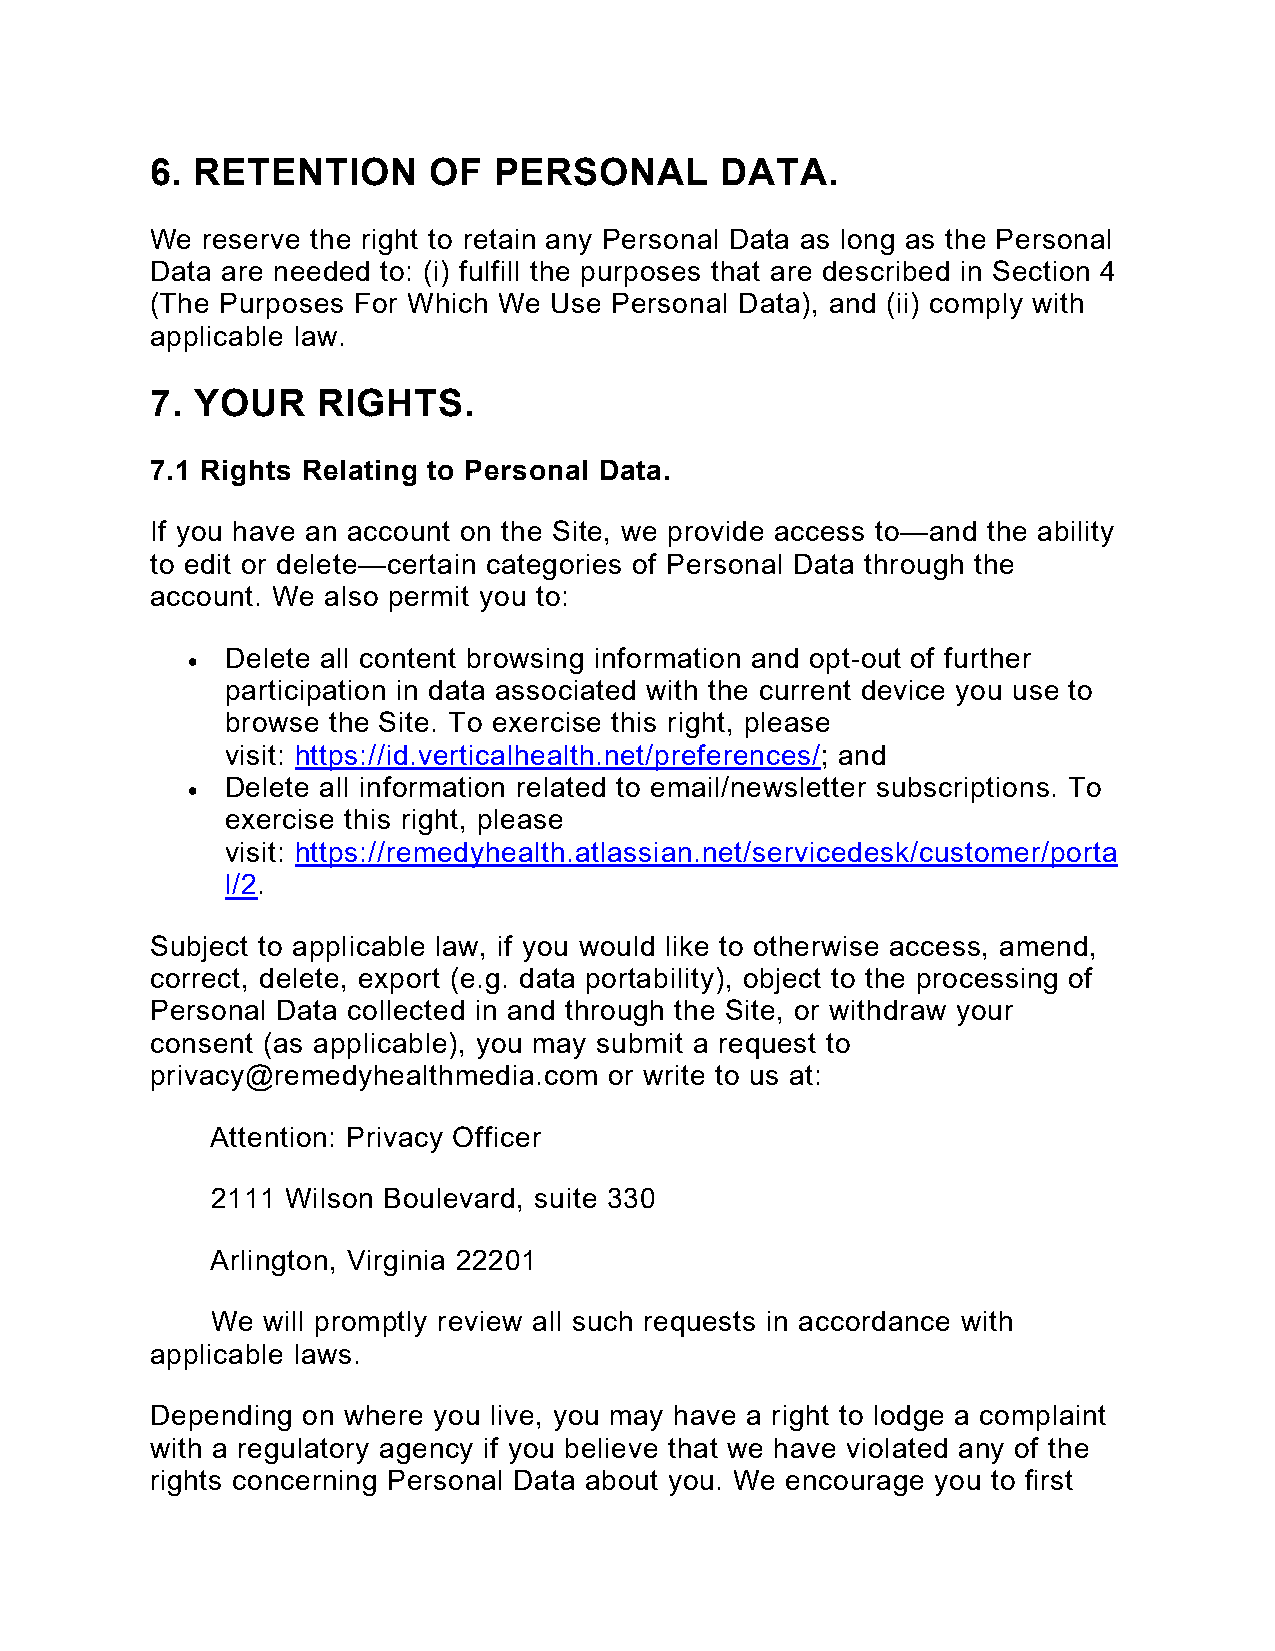
6. RETENTION      OF   PERSONAL       DATA.
 We reserve the right to retain any Personal Data as long as the Personal
 Data are needed to: (i) fulfill the purposes that are described in Section 4
 (The Purposes For Which We Use Personal Data), and (ii) comply with
 applicable law.
 7. YOUR    RIGHTS.
 7.1 Rights Relating to Personal Data.
 If you have an account on the Site, we provide access to—and the ability
 to edit or delete—certain categories of Personal Data through the
 account. We also permit you to:
   Delete all content browsing information and opt-out of further
 participation in data associated with the current device you use to
 browse the Site. To exercise this right, please
 visit: https://id.verticalhealth.net/preferences/; and
   Delete all information related to email/newsletter subscriptions. To
 exercise this right, please
 visit: https://remedyhealth.atlassian.net/servicedesk/customer/porta
 l/2.
 Subject to applicable law, if you would like to otherwise access, amend,
 correct, delete, export (e.g. data portability), object to the processing of
 Personal Data collected in and through the Site, or withdraw your
 consent (as applicable), you may submit a request to
 privacy@remedyhealthmedia.com or write to us at:
 Attention: Privacy Officer
 2111 Wilson Boulevard, suite 330
 Arlington, Virginia 22201
 We will promptly review all such requests in accordance with
 applicable laws.
 Depending on where you live, you may have a right to lodge a complaint
 with a regulatory agency if you believe that we have violated any of the
 rights concerning Personal Data about you. We encourage you to first